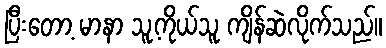
ပြီးတော့ မာနာ သူ့ကိုယ်သူ ကျိန်ဆဲလိုက်သည်။